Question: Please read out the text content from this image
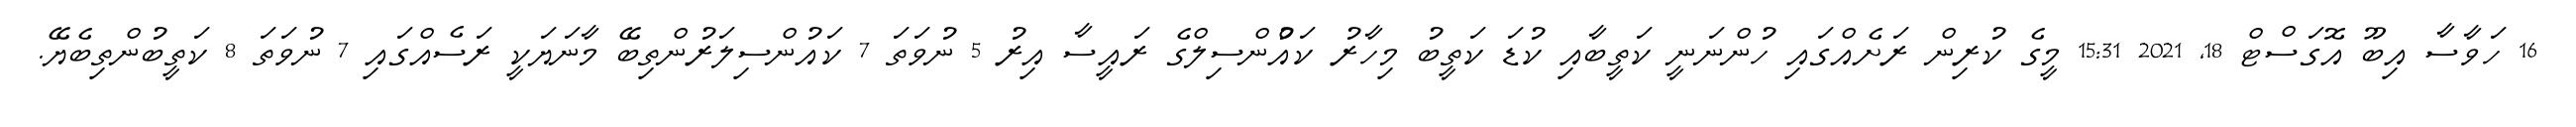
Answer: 16 ހަވާސާ އިބޫ އޮގަސްޓް 18, 2021 15:31 މީގެ ކުރިން ރަށެއްގައި ހުންނަނީ ކަތީބާއި ކުޑަ ކަތީބު މިހާރު ކައުްންސިލްގެ ރައީސާ އިރު 5 ނުވަތަ 7 ކައުންސިލަރުންތިބޭ މާނަޔަކީ ރަސެއްގައި 7 ނުވަތަ 8 ކަތީބުންތިބެޔޭ.